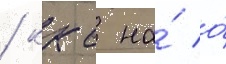
/ ккс на́ о́